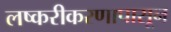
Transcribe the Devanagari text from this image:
लष्करीकरणापासून